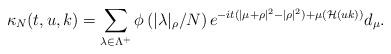
LaTeX: \begin{align*}\kappa_{N}(t,u,k)=\sum_{\lambda\in\Lambda^+}\phi\left(|\lambda|_\rho/N\right)e^{-it(|\mu+\rho|^2-|\rho|^2)+\mu(\mathcal{H}(uk))}d_\mu. \end{align*}